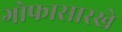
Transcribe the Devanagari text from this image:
गोफासारखे